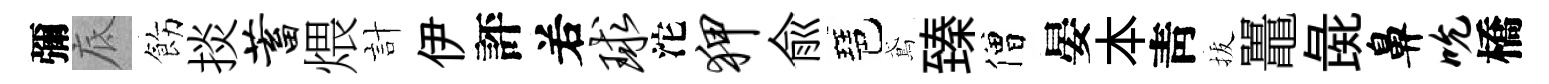
彌底飭掞蓄煨計伊評𠰥球沱狎俞琶鳶臻僧晏本靑拔鼉彘鼻吮橋